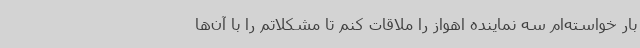
بار خواسته‌ام سه نماینده اهواز را ملاقات کنم تا مشکلاتم را با آن‌ها